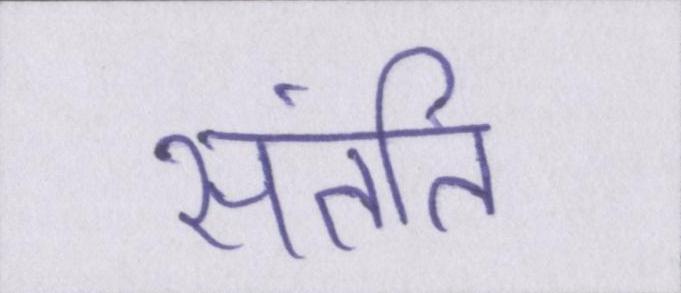
संतति